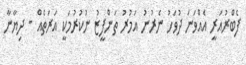
ފެބްރުއަރީ އެއްވަނަ ދުވަހު ނެރުނު އަމުރު ތަންފީޒު ނުކުރުމަކީ އަރަތެއް - ދިޔާނާ